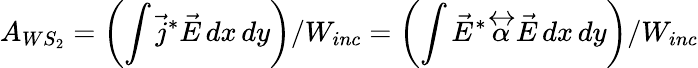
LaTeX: A_{WS_{2}}=\left(\int\vec{j}^{*}\vec{E}\, dx\, dy\right)/W_{inc}=\left(\int\vec{E}^{*}\overleftrightarrow{\alpha}\vec{E}\, dx\, dy\right)/W_{inc}